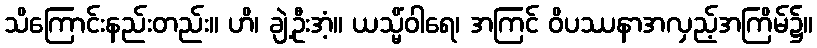
သိကြောင်းနည်းတည်း။ ဟိ၊ ချဲ့ဦးအံ့။ ယသ္မိံဝါရေ၊ အကြင် ဝိပဿနာအလှည့်အကြိမ်၌။